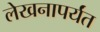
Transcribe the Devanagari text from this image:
लेखनापर्यंत